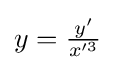
{\textstyle y={\frac {y'}{x'^{3}}}}